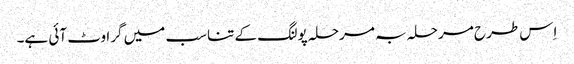
اِس طرح مرحلہ بہ مرحلہ پولنگ کے تناسب میں گراوٹ آئی ہے۔